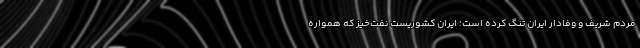
مردم شریف و وفادار ایران تنگ کرده است؛ ایران کشوریست نفت‌خیز که همواره